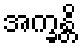
အက္ခန္တိ